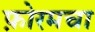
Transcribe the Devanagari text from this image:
फ़ोरमचा